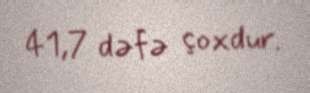
41,7 dəfə çoxdur.